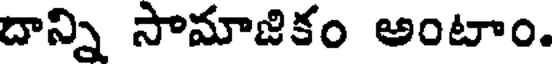
దాన్ని సామాజికం అంటాం.